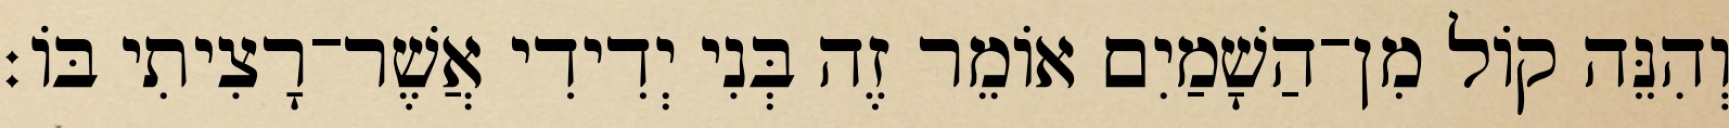
וְהִנֵּה קוֹל מִן־הַשָׁמַיִם אוֹמֵר זֶה בְּנִי יְדִידִי אֲשֶׁר־רָצִיתִי בּוֹ׃